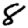
Digit: 8